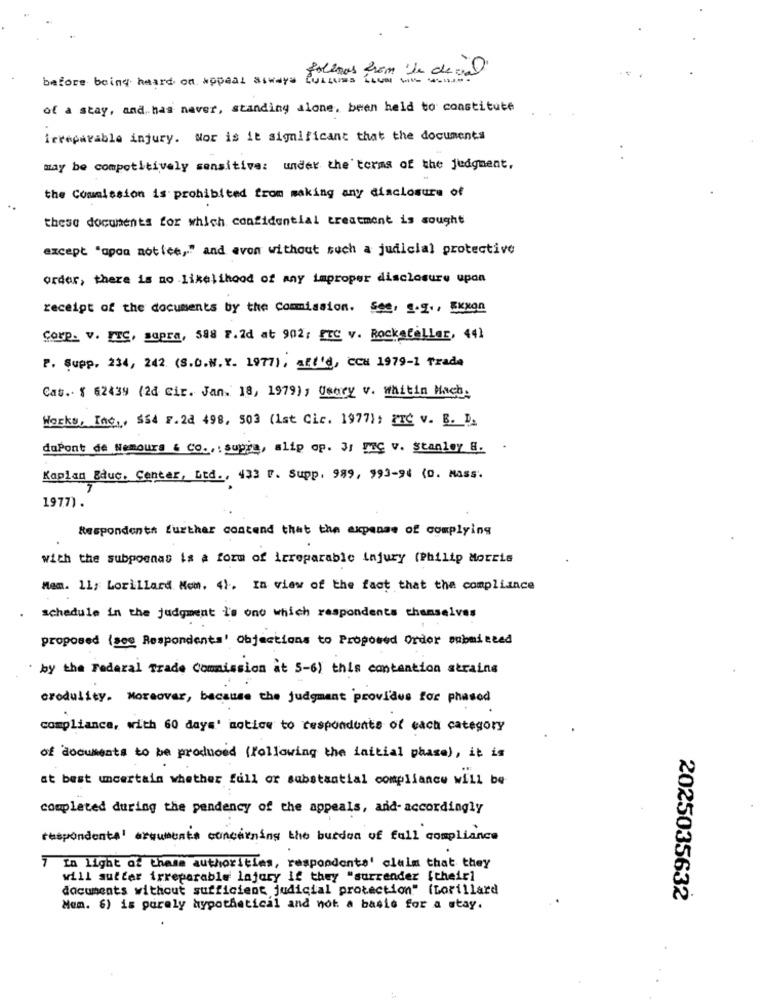
before being heard on wopeal asways
folemos from the devil
of a stay, and has never, standing alone, been held to constitute
irreparable injury. Nor is it significant that the documents
may be competitively sensitive: under the terms of the judgment,
the Commission is prohibited from making any disclosure of
these documents for which confidential treatment is sought
except "apoa notice," and avon without such a judicial protective
order, there is no likelihood of any improper disclosure upon
receipt of the documents by the Commission. See, g.g ., Exxon
Corp. V. ITC, supra, 588 F.2d at 902: ETC v. Rockefeller, 441
F. Supp, 234, 242 (S.D.N.Y. 1977), att'd, CCH 1979-1 Trade
Cat .. { 62439 (2d Cir. Jan. 18, 1979), Umary v. Whitin Mach.
Works, Inc ., $54 F.24 498, 503 (1st Cic. 1977); FIC V. B. D.
duPont de Nemours & Co .. : suppe, slip op. 31 FC v. Stanley B. .
Kaplan Educ. Center, Ltd ., 433 F. Supp. 999, 993-94 (0. Mass.
197.7) .
Respondents further costand that the expense of complying
with the subpoenas is a form of irreparable injury (Philip Morris
Mam. 11; Lorillard Mom. 4). In view of the fact that the compliance
schedule in the judgment i's ono which respondents chanselves
proposed (see Respondents' Objections to Proposed Order submitted
by the Federal Trade Commission at 5-6) this contention strains
orodulity. Moreover, because the judgment provides for phasod
compliance, with 60 days' notice to respondunts of each category
of documents to be produced (following the initial phase), it is
at best uncertain whether full or substantial compliance will be
completed during the pendency of the appeals, and- accordingly
respondents' arguments concerning the burden of full compliance
7 In light of these authorities, respondents' claim that they
will sutter irreparable lajury if they "surrender [their]
documents without sufficient judicial protection" (Lorillard
2025035632
Mem. 6) is purely hypothetical and not a basis for a stay.